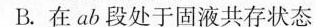
B.在ab段处于固液共存状态 a b